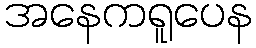
အနေကရူပေန